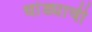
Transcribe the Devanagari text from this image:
धांड्याची